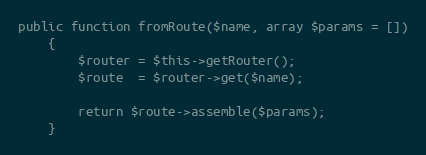
Language: PHP
public function fromRoute($name, array $params = [])
    {
        $router = $this->getRouter();
        $route  = $router->get($name);

        return $route->assemble($params);
    }